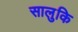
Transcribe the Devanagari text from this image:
सालुकि